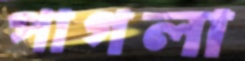
পাগলা